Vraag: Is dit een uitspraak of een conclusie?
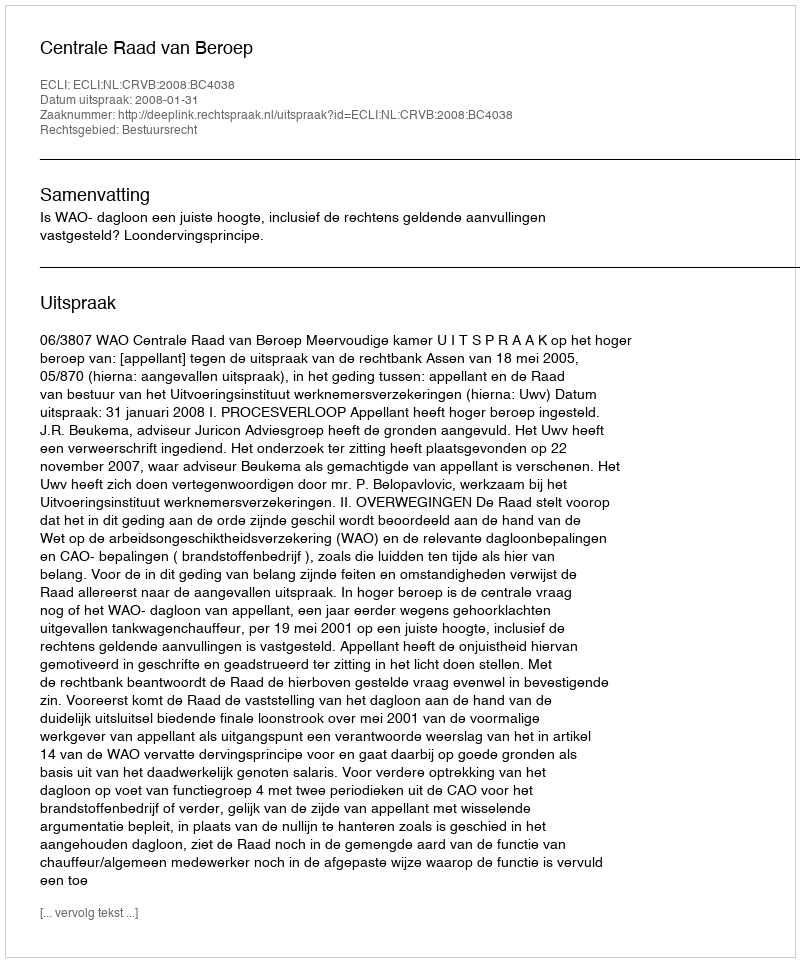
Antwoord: Uitspraak